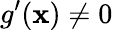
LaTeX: g^{\prime}(\mathbf{x})\neq0